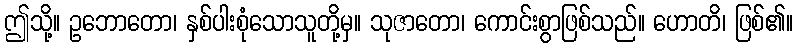
ဤသို့။ ဥဘောတော၊ နှစ်ပါးစုံသောသူတို့မှ။ သုဇာတော၊ ကောင်းစွာဖြစ်သည်။ ဟောတိ၊ ဖြစ်၏။